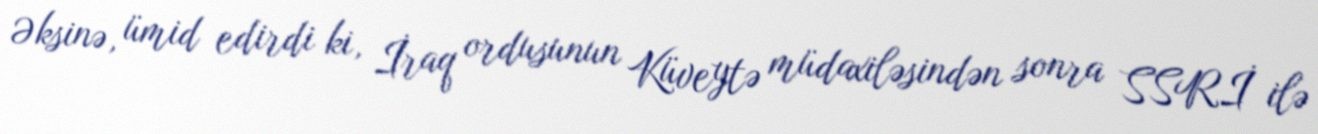
Əksinə, ümid edirdi ki, İraq ordusunun Küveytə müdaxiləsindən sonra SSRİ ilə